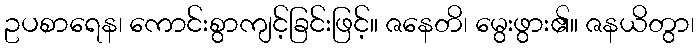
ဥပစာရေန၊ ကောင်းစွာကျင့်ခြင်းဖြင့်။ ဇနေတိ၊ မွေးဖွား၏။ ဇနယိတွာ၊